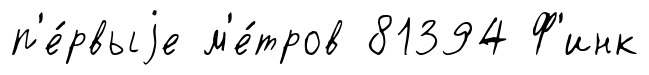
п'е́рвыjе м'е́тров 81394 Ф'инк